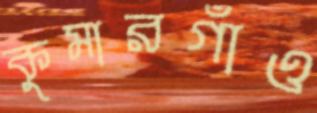
কুমারগাঁও